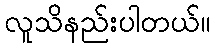
လူသိနည်းပါတယ်။